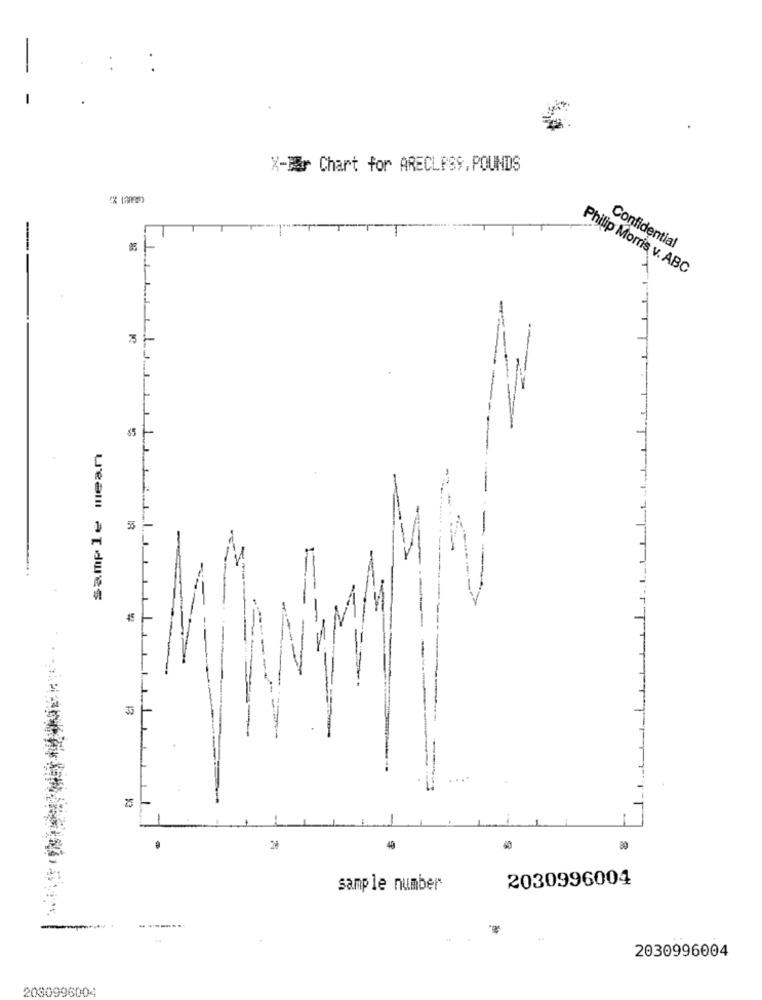
X- Chart for ARECLESS, POUNDS
Confidential
Philip Morris v. ABC
T
=
sample mean
55
1
25
40
80
2030996004
sample number
2030996004
2080996004